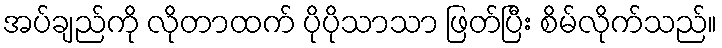
အပ်ချည်ကို လိုတာထက် ပိုပိုသာသာ ဖြတ်ပြီး စိမ်လိုက်သည်။